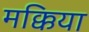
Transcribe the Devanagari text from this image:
मक्किया